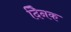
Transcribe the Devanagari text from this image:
दैिनक